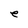
Character: e